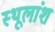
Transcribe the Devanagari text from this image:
स्थूलांश